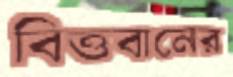
বিত্তবানের